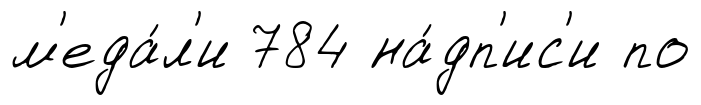
м'еда́л'и 784 на́дп'ис'и по